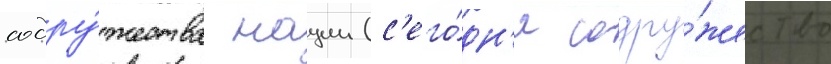
содру́жества нации (с'его́дн'я содру́жество